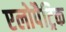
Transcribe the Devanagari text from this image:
एलोपैट्रिक